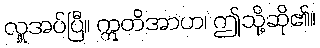
လှူအပ်ပြီ။ ဣတိအာဟ၊ ဤသို့ဆို၏။